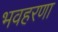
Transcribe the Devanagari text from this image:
भवहरणा